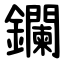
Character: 鑭